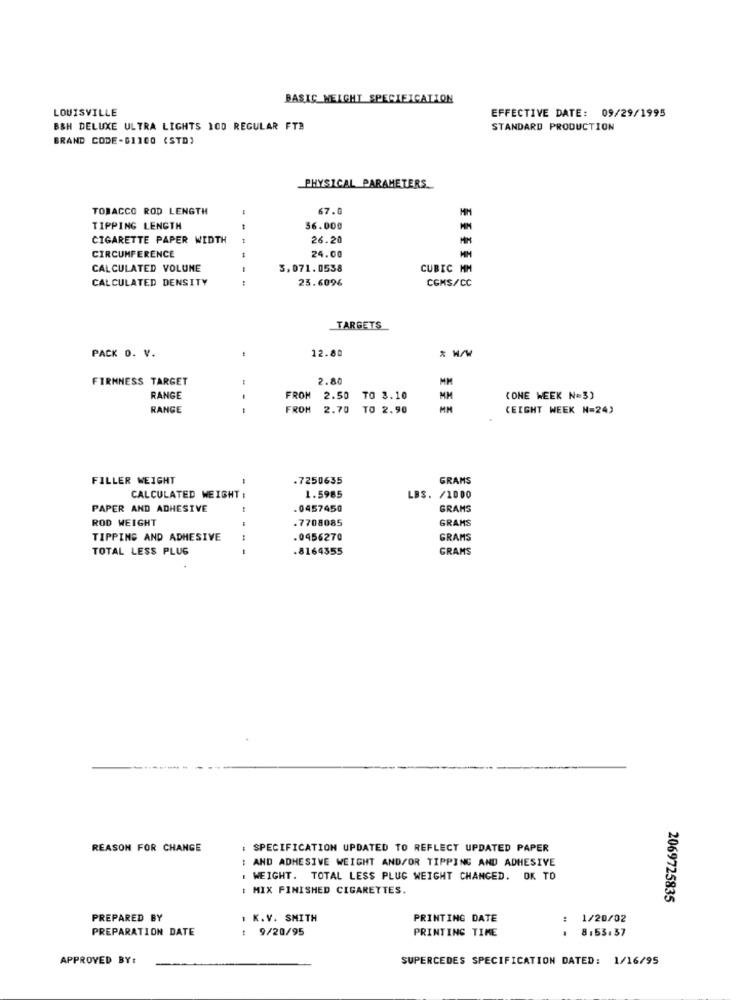
BASIC HEIGHT SPECIFICATION
LOUISVILLE
EFFECTIVE DATE: 09/29/1995
BSH DELUXE ULTRA LIGHTS 100 REGULAR FTB
STANDARD PRODUCTION
BRAND CODE-61100 (STD}
PHYSICAL PARAMETERS.
TOBACCO ROD LENGTH
67.0
MM
TIPPING LENGTH
36.000
CIGARETTE PAPER WIDTH
1
26.20
CIRCUMFERENCE
24.00
CALCULATED VOLUME
3,071.0538
CUBIC MI
CALCULATED DENSITY
:
----
23.6096
CGMS/CC
TARGETS
12.80
PACK 0. V.
FIRMNESS TARGET
2.80
MM
RANGE
FROM 2.50 TO 3.10
(ONE WEEK N=3)
RANGE
FROM
2.70 TO 2.90
(EIGHT WEEK N=24)
FILLER WEIGHT
.7250635
GRAMS
1.5985
CALCULATED WEIGHT :
LBS. /1000
PAPER AND ADHESIVE
.0457450
GRAMS
ROD WEIGHT
.7708085
GRAMS
TIPPING AND ADHESIVE
0456270
GRAMS
TOTAL LESS PLUG
.8164355
GRAMS
REASON FOR CHANGE
: SPECIFICATION UPDATED TO REFLECT UPDATED PAPER
: AND ADHESIVE WEIGHT AND/OR TIPPING AND ADHESIVE
. WEIGHT. TOTAL LESS PLUG WEIGHT CHANGED. OK TO
: MIX FINISHED CIGARETTES.
2069725835
PREPARED BY
1 K.V. SMITH
PRINTING DATE
: 1/20/02
PREPARATION DATE
9/20/95
PRINTING TIME
. 8.53.37
APPROVED BY:
SUPERCEDES SPECIFICATION DATED: 1/16/95